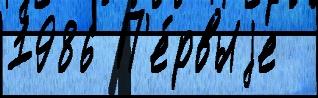
1986 П'е́рвыjе